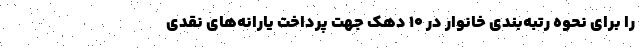
را برای نحوه رتبه‌بندی خانوار در ۱۰ دهک جهت پرداخت یارانه‌های نقدی